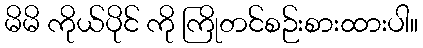
မိမိ ကိုယ်ပိုင် ကို ကြိုတင်စဉ်းစားထားပါ။